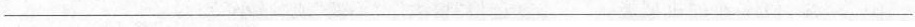
___